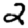
Digit: 2